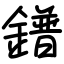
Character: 鐠